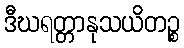
ဒီဃရတ္တာနုသယိတဉ္စ